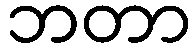
ဘတာ